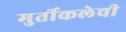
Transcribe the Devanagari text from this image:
मुर्तीकलेची